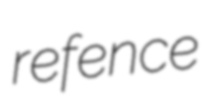
refence